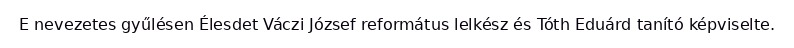
E nevezetes gyűlésen Élesdet Váczi József református lelkész és Tóth Eduárd tanító képviselte.